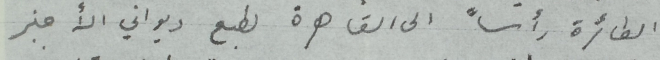
الطائرة رأساً الى القاهرة لطبع ديواني الأخير